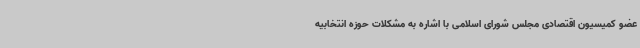
عضو کمیسیون اقتصادی مجلس شورای اسلامی با اشاره به مشکلات حوزه انتخابیه